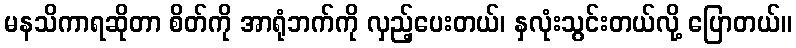
မနသိကာရဆိုတာ စိတ်ကို အာရုံဘက်ကို လှည့်ပေးတယ်၊ နှလုံးသွင်းတယ်လို့ ပြောတယ်။